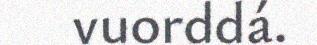
vuorddá.